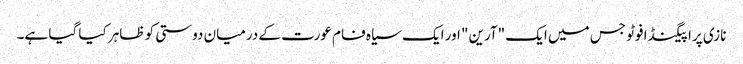
نازی پراپیگنڈا فوٹو جس میں ایک "آرین" اور ایک سیاہ فام عورت کے درمیان دوستی کو ظاہر کیا گیا ہے۔